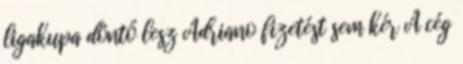
ligakupa döntő lesz Adriano fizetést sem kér A cég